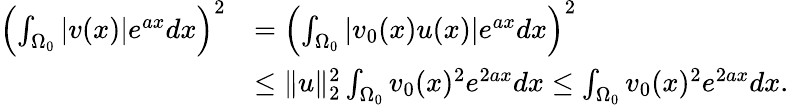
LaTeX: \begin{array}{rl}{\left(\int_{\Omega_{0}}|v(x)|e^{ax}dx\right)^{2}}&{=\left(\int_{\Omega_{0}}|v_{0}(x)u(x)|e^{ax}dx\right)^{2}}\\ &{\leq\| u\| _{2}^{2}\int_{\Omega_{0}}v_{0}(x)^{2}e^{2ax}dx\leq\int_{\Omega_{0}}v_{0}(x)^{2}e^{2ax}dx.}\end{array}